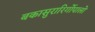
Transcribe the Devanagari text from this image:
बकासुरारिर्गोपालो